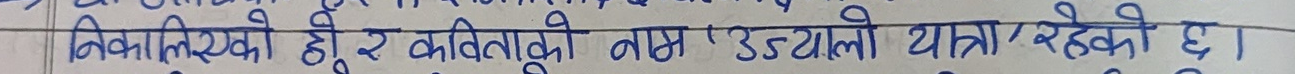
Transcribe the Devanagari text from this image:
निकालिएका हो र कविताको नाम 'उड्यालो यात्रा' रहेको छ।